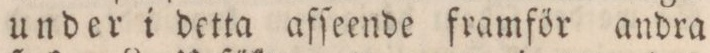
under i detta afſeende framför andra